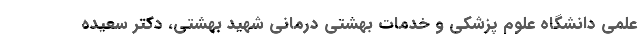
علمی دانشگاه علوم پزشکی و خدمات بهشتی درمانی شهید بهشتی، دکتر سعیده